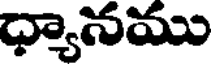
ధ్యానము